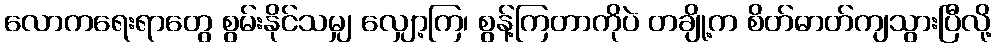
လောကရေးရာတွေ စွမ်းနိုင်သမျှ လျှော့ကြ၊ စွန့်ကြတာကိုပဲ တချို့က စိတ်ဓာတ်ကျသွားပြီလို့